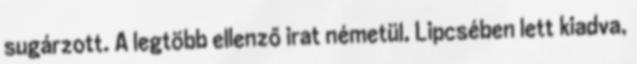
sugárzott. A legtöbb ellenző irat németül, Lipcsében lett kiadva,